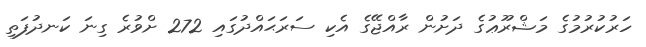
ހަރުކުރުމުގެ މަޝްރޫޢުގެ ދަށުން ރާއްޖޭގެ އެކި ސަރަޙައްދުގައި 272 ށްވުރެ ގިނަ ކަނދުފަތި